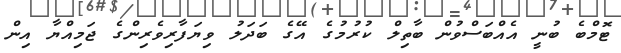
ޓޮމްބެ ބުނީ އެއްބަސްވުން ބާތިލް ކުރުމުގެ އޭގެ ބަދަލު ވިޔަފާރިވެރިންގެ ޖަމިއްޔާ އިން